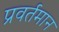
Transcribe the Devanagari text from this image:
प्रवर्तमान